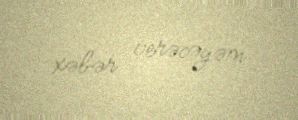
xəbər verəcəyəm.